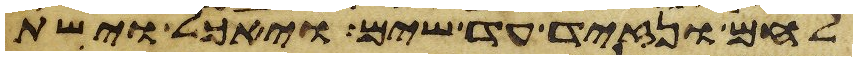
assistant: לחם ונזיד עד שים ויאכל וישת